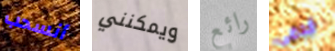
أنسحب ويمكنني رائع قدمى